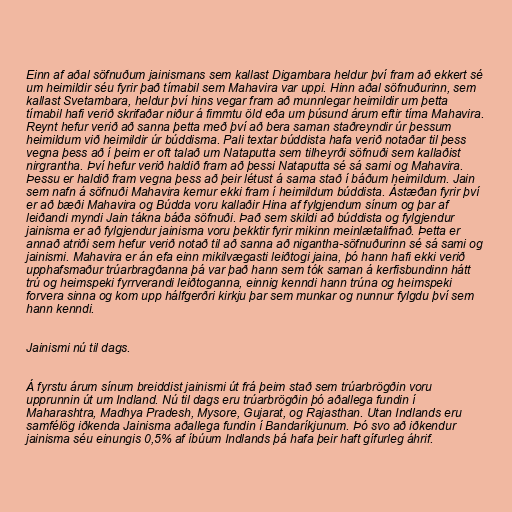
Einn af aðal söfnuðum jainismans sem kallast Digambara heldur því fram að ekkert sé
um heimildir séu fyrir það tímabil sem Mahavira var uppi. Hinn aðal söfnuðurinn, sem
kallast Svetambara, heldur því hins vegar fram að munnlegar heimildir um þetta
tímabil hafi verið skrifaðar niður á fimmtu öld eða um þúsund árum eftir tíma Mahavira.
Reynt hefur verið að sanna þetta með því að bera saman staðreyndir úr þessum
heimildum við heimildir úr búddisma. Pali textar búddista hafa verið notaðar til þess
vegna þess að í þeim er oft talað um Nataputta sem tilheyrði söfnuði sem kallaðist
nirgrantha. Því hefur verið haldið fram að þessi Nataputta sé sá sami og Mahavira.
Þessu er haldið fram vegna þess að þeir létust á sama stað í báðum heimildum. Jain
sem nafn á söfnuði Mahavira kemur ekki fram í heimildum búddista. Ástæðan fyrir því
er að bæði Mahavira og Búdda voru kallaðir Hina af fylgjendum sínum og þar af
leiðandi myndi Jain tákna báða söfnuði. Það sem skildi að búddista og fylgjendur
jainisma er að fylgjendur jainisma voru þekktir fyrir mikinn meinlætalifnað. Þetta er
annað atriði sem hefur verið notað til að sanna að nigantha-söfnuðurinn sé sá sami og
jainismi. Mahavira er án efa einn mikilvægasti leiðtogi jaina, þó hann hafi ekki verið
upphafsmaður trúarbragðanna þá var það hann sem tók saman á kerfisbundinn hátt
trú og heimspeki fyrrverandi leiðtoganna, einnig kenndi hann trúna og heimspeki
forvera sinna og kom upp hálfgerðri kirkju þar sem munkar og nunnur fylgdu því sem
hann kenndi.

Jainismi nú til dags.

Á fyrstu árum sínum breiddist jainismi út frá þeim stað sem trúarbrögðin voru
upprunnin út um Indland. Nú til dags eru trúarbrögðin þó aðallega fundin í
Maharashtra, Madhya Pradesh, Mysore, Gujarat, og Rajasthan. Utan Indlands eru
samfélög iðkenda Jainisma aðallega fundin í Bandaríkjunum. Þó svo að iðkendur
jainisma séu einungis 0,5% af íbúum Indlands þá hafa þeir haft gífurleg áhrif.